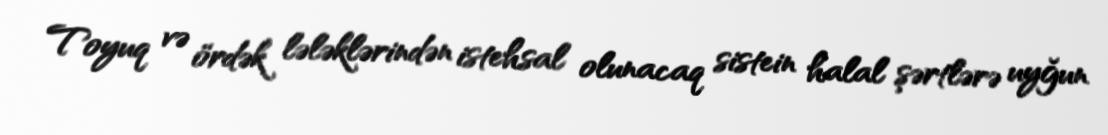
Toyuq və ördək lələklərindən istehsal olunacaq sistein halal şərtlərə uyğun